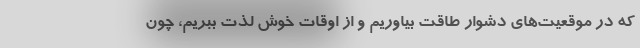
که در موقعیت‌های دشوار طاقت بیاوریم و از اوقات خوش لذت ببریم، چون